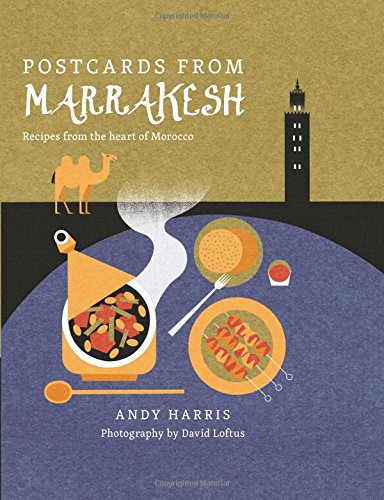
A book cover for Postcards From Marrakesh: Recipes from the Heart of Morocco; Andy Harris; Cookbooks, Food & Wine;